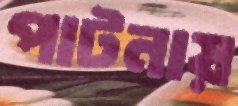
পাটনায়